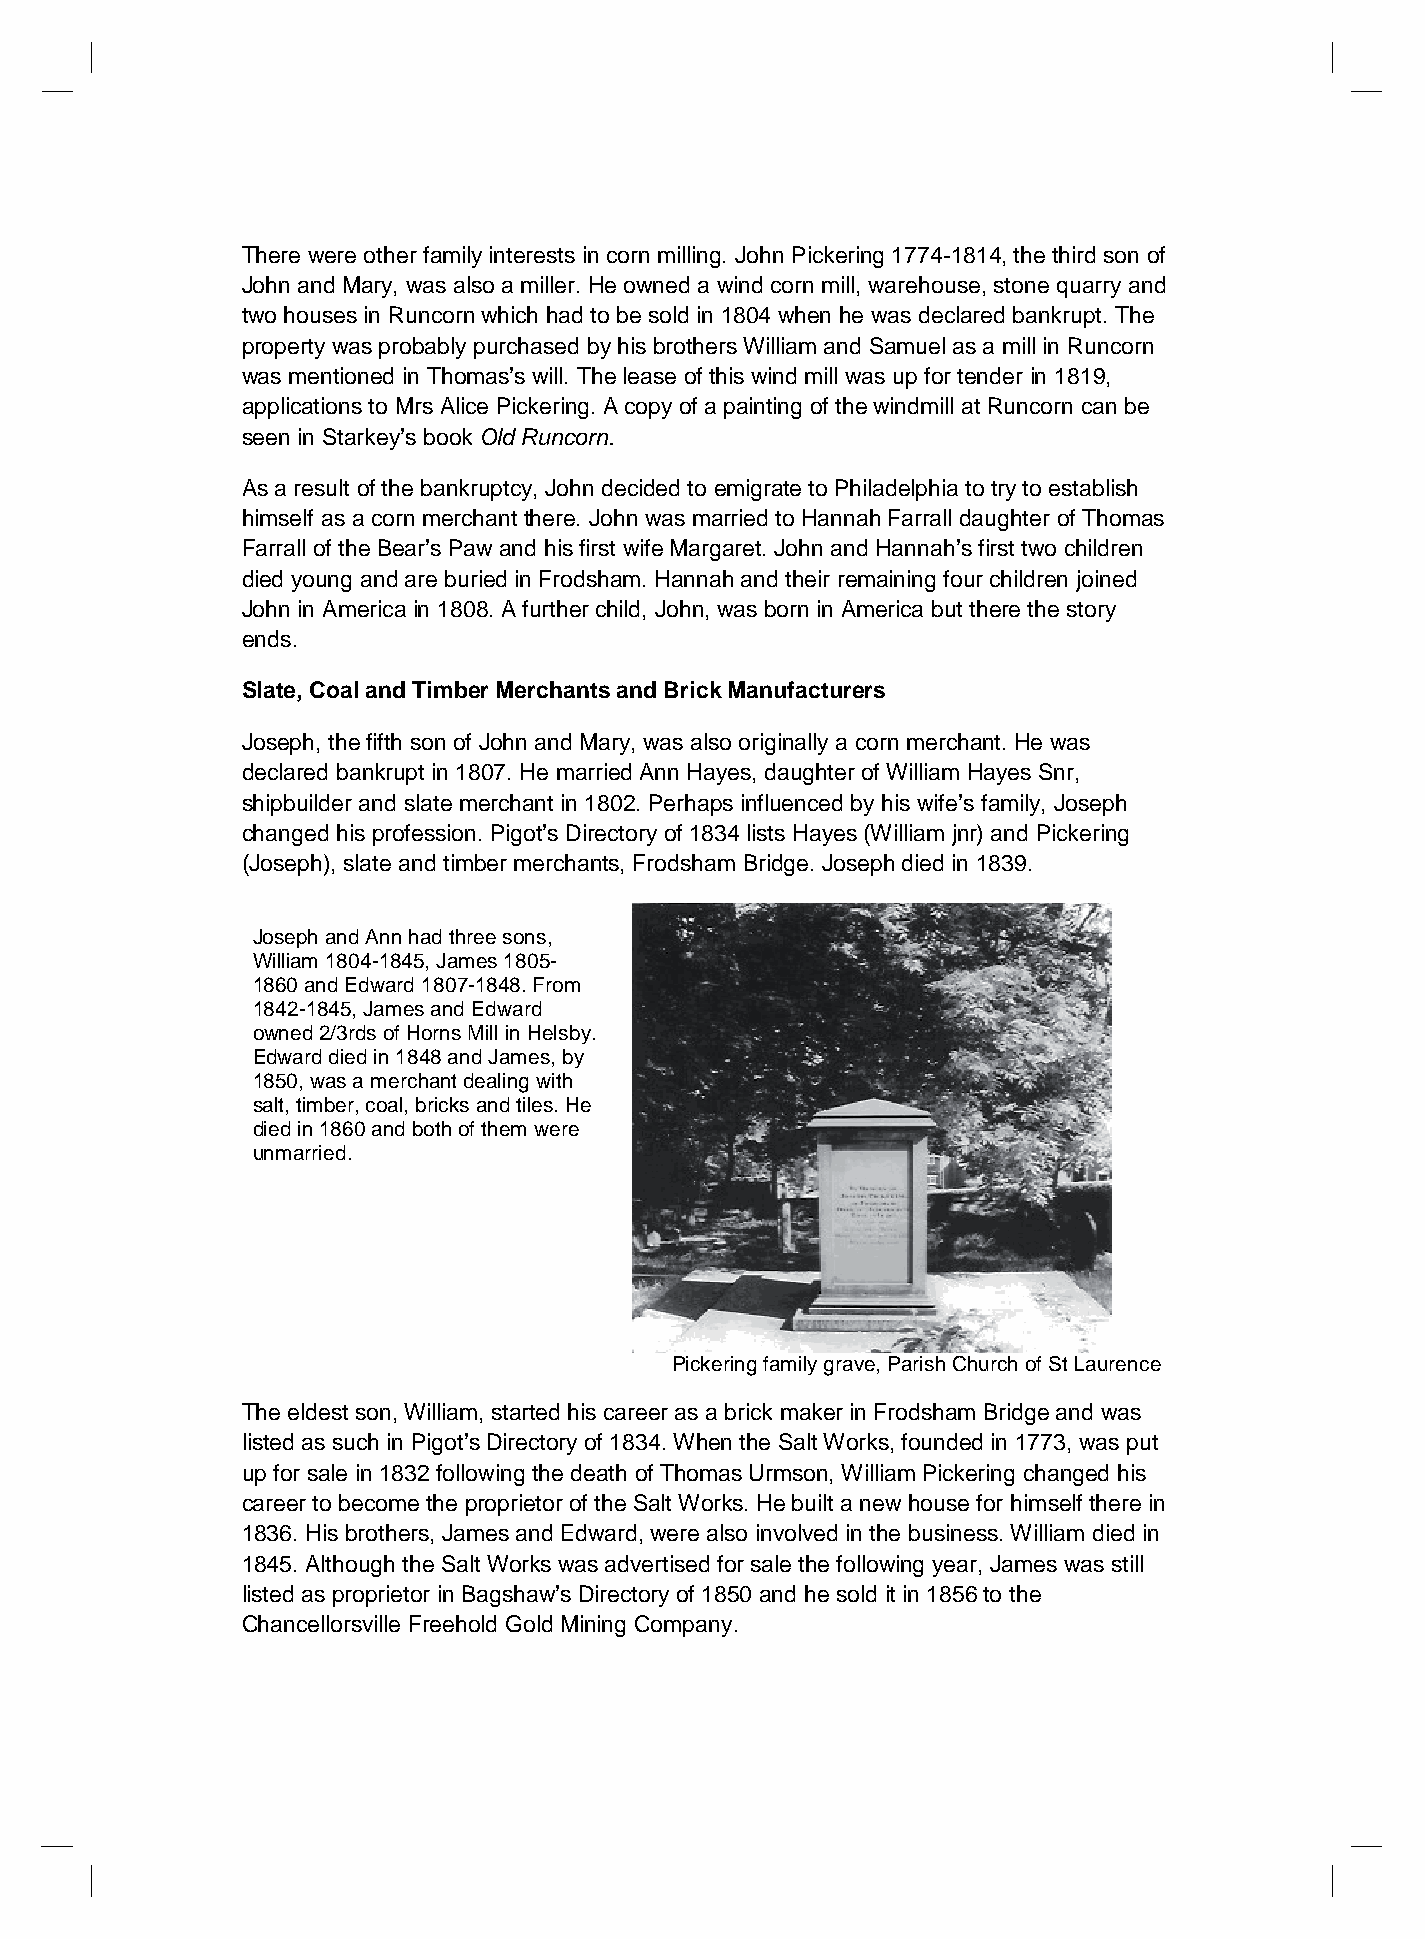
There were other family interests in corn milling. John Pickering 1774-1814, the third son of
 John and Mary, was also a miller. He owned a wind corn mill, warehouse, stone quarry and
 two houses in Runcorn which had to be sold in 1804 when he was declared bankrupt. The
 property was probably purchased by his brothers William and Samuel as a mill in Runcorn
 was mentioned in Thomas’s will. The lease of this wind mill was up for tender in 1819,
 applications to Mrs Alice Pickering. A copy of a painting of the windmill at Runcorn can be
 seen in Starkey’s book Old Runcorn.
 As a result of the bankruptcy, John decided to emigrate to Philadelphia to try to establish
 himself as a corn merchant there. John was married to Hannah Farrall daughter of Thomas
 Farrall of the Bear’s Paw and his first wife Margaret. John and Hannah’s first two children
 died young and are buried in Frodsham. Hannah and their remaining four children joined
 John in America in 1808. A further child, John, was born in America but there the story
 ends.
 Slate, Coal and Timber Merchants and Brick Manufacturers
 Joseph, the fifth son of John and Mary, was also originally a corn merchant. He was
 declared bankrupt in 1807. He married Ann Hayes, daughter of William Hayes Snr,
 shipbuilder and slate merchant in 1802. Perhaps influenced by his wife’s family, Joseph
 changed his profession. Pigot’s Directory of 1834 lists Hayes (William jnr) and Pickering
 (Joseph), slate and timber merchants, Frodsham Bridge. Joseph died in 1839.
 Joseph and Ann had three sons,
 William 1804-1845, James 1805-
 1860 and Edward 1807-1848. From
 1842-1845, James and Edward
 owned 2/3rds of Horns Mill in Helsby.
 Edward died in 1848 and James, by
 1850, was a merchant dealing with
 salt, timber, coal, bricks and tiles. He
 died in 1860 and both of them were
 unmarried.
 Pickering family grave, Parish Church of St Laurence
 The eldest son, William, started his career as a brick maker in Frodsham Bridge and was
 listed as such in Pigot’s Directory of 1834. When the Salt Works, founded in 1773, was put
 up for sale in 1832 following the death of Thomas Urmson, William Pickering changed his
 career to become the proprietor of the Salt Works. He built a new house for himself there in
 1836. His brothers, James and Edward, were also involved in the business. William died in
 1845. Although the Salt Works was advertised for sale the following year, James was still
 listed as proprietor in Bagshaw’s Directory of 1850 and he sold it in 1856 to the
 Chancellorsville Freehold Gold Mining Company.